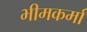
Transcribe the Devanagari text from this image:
भीमकर्मा